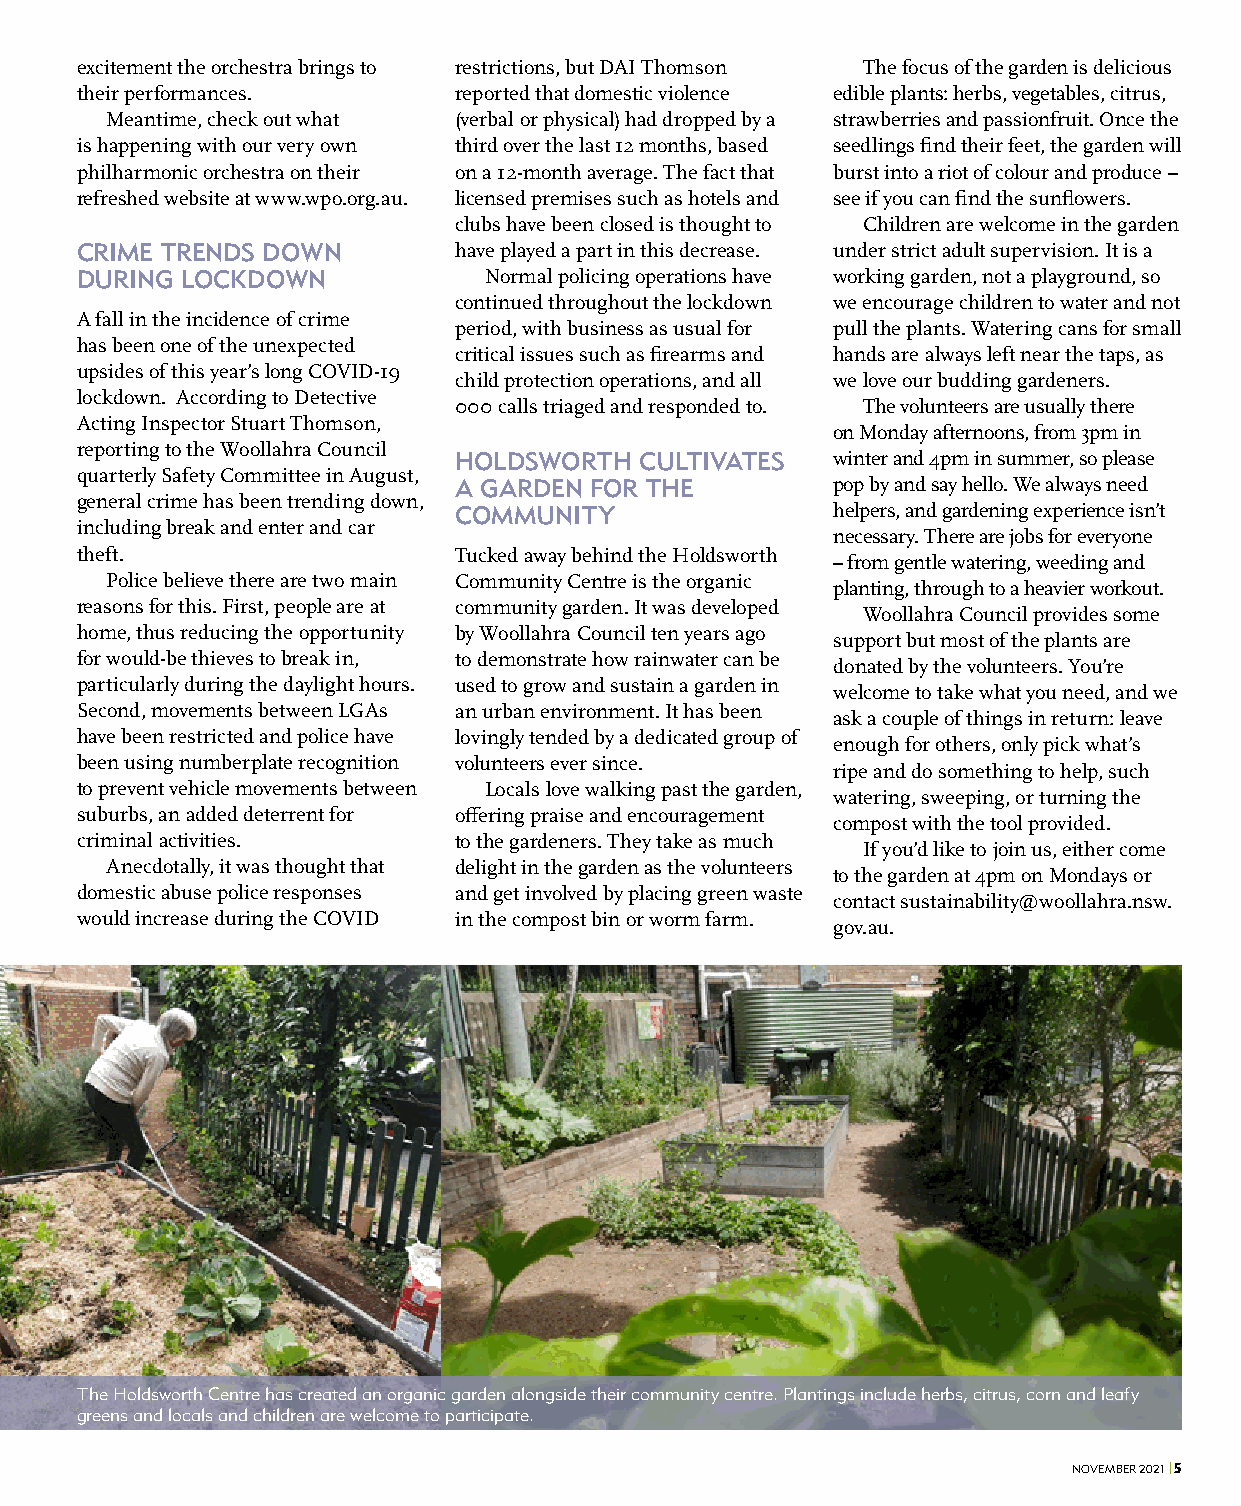
excitement the orchestra brings to restrictions, but DAI Thomson The focus of the garden is delicious
 their performances.      reported that domestic violence edible plants: herbs, vegetables, citrus,
 Meantime, check out what (verbal or physical) had dropped by a strawberries and passionfruit. Once the
 is happening with our very own third over the last 12 months, based seedlings find their feet, the garden will
 philharmonic orchestra on their on a 12-month average. The fact that burst into a riot of colour and produce –
 refreshed website at www.wpo.org.au. licensed premises such as hotels and see if you can find the sunflowers.
 clubs have been closed is thought to Children are welcome in the garden
 CRIME TRENDS DOWN        have played a part in this decrease. under strict adult supervision. It is a
 DURING LOCKDOWN            Normal policing operations have working garden, not a playground, so
 continued throughout the lockdown we encourage children to water and not
 A fall in the incidence of crime
 period, with business as usual for pull the plants. Watering cans for small
 has been one of the unexpected
 critical issues such as firearms and hands are always left near the taps, as
 upsides of this year’s long COVID-19
 child protection operations, and all we love our budding gardeners.
 lockdown. According to Detective
 000 calls triaged and responded to. The volunteers are usually there
 Acting Inspector Stuart Thomson,
 on Monday afternoons, from 3pm in
 reporting to the Woollahra Council
 HOLDSWORTH  CULTIVATES   winter and 4pm in summer, so please
 quarterly Safety Committee in August,
 A GARDEN FOR THE         pop by and say hello. We always need
 general crime has been trending down,
 COMMUNITY                helpers, and gardening experience isn’t
 including break and enter and car
 necessary. There are jobs for everyone
 theft.                   Tucked away behind the Holdsworth
 – from gentle watering, weeding and
 Police believe there are two main Community Centre is the organic
 planting, through to a heavier workout.
 reasons for this. First, people are at community garden. It was developed
 Woollahra Council provides some
 home, thus reducing the opportunity by Woollahra Council ten years ago
 support but most of the plants are
 for would-be thieves to break in, to demonstrate how rainwater can be
 donated by the volunteers. You’re
 particularly during the daylight hours. used to grow and sustain a garden in
 welcome to take what you need, and we
 Second, movements between LGAs an urban environment. It has been
 ask a couple of things in return: leave
 have been restricted and police have lovingly tended by a dedicated group of
 enough for others, only pick what’s
 been using numberplate recognition volunteers ever since.
 ripe and do something to help, such
 to prevent vehicle movements between Locals love walking past the garden,
 watering, sweeping, or turning the
 suburbs, an added deterrent for offering praise and encouragement
 compost with the tool provided.
 criminal activities.     to the gardeners. They take as much
 If you’d like to join us, either come
 Anecdotally, it was thought that delight in the garden as the volunteers
 to the garden at 4pm on Mondays or
 domestic abuse police responses and get involved by placing green waste
 contact sustainability@woollahra.nsw.
 would increase during the COVID in the compost bin or worm farm.
 gov.au.
 The Holdsworth Centre has created an organic garden alongside their community centre. Plantings include herbs, citrus, corn and leafy
 greens and locals and children are welcome to participate.
 NOVEMBER 2021 | 5